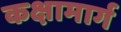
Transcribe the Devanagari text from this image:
कक्षामार्ग